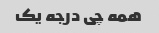
همه چی درجه یک